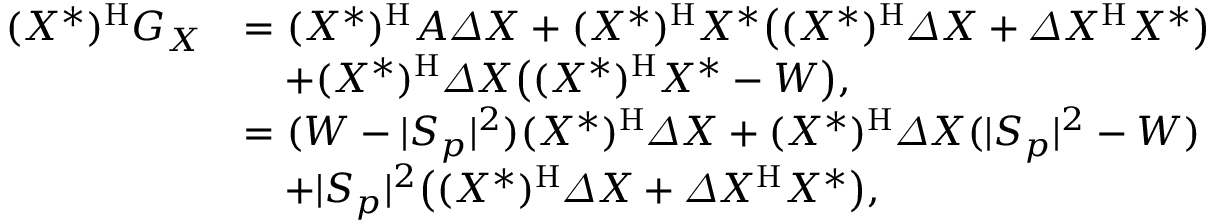
\begin{array} { r l } { ( X ^ { * } ) ^ { \mathrm { H } } G _ { X } } & { = ( X ^ { * } ) ^ { \mathrm { H } } A \varDelta X + ( X ^ { * } ) ^ { \mathrm { H } } X ^ { * } \big ( ( X ^ { * } ) ^ { \mathrm { H } } \varDelta X + \varDelta X ^ { \mathrm { H } } X ^ { * } \big ) } \\ & { \quad + ( X ^ { * } ) ^ { \mathrm { H } } \varDelta X \big ( ( X ^ { * } ) ^ { \mathrm { H } } X ^ { * } - W \big ) , } \\ & { = ( W - \lvert S _ { p } \rvert ^ { 2 } ) ( X ^ { * } ) ^ { \mathrm { H } } \varDelta X + ( X ^ { * } ) ^ { \mathrm { H } } \varDelta X ( \lvert S _ { p } \rvert ^ { 2 } - W ) } \\ & { \quad + \lvert S _ { p } \rvert ^ { 2 } \big ( ( X ^ { * } ) ^ { \mathrm { H } } \varDelta X + \varDelta X ^ { \mathrm { H } } X ^ { * } \big ) , } \end{array}